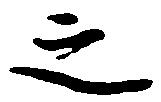
之